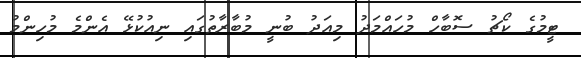
ޓީމުގެ ކޯޗު ސޮބާހް މުހައްމަދު މިއަދު ބުނީ މުބާރާތުގައި ނިއުކުޅޭ އެންމެ މުހިންމު